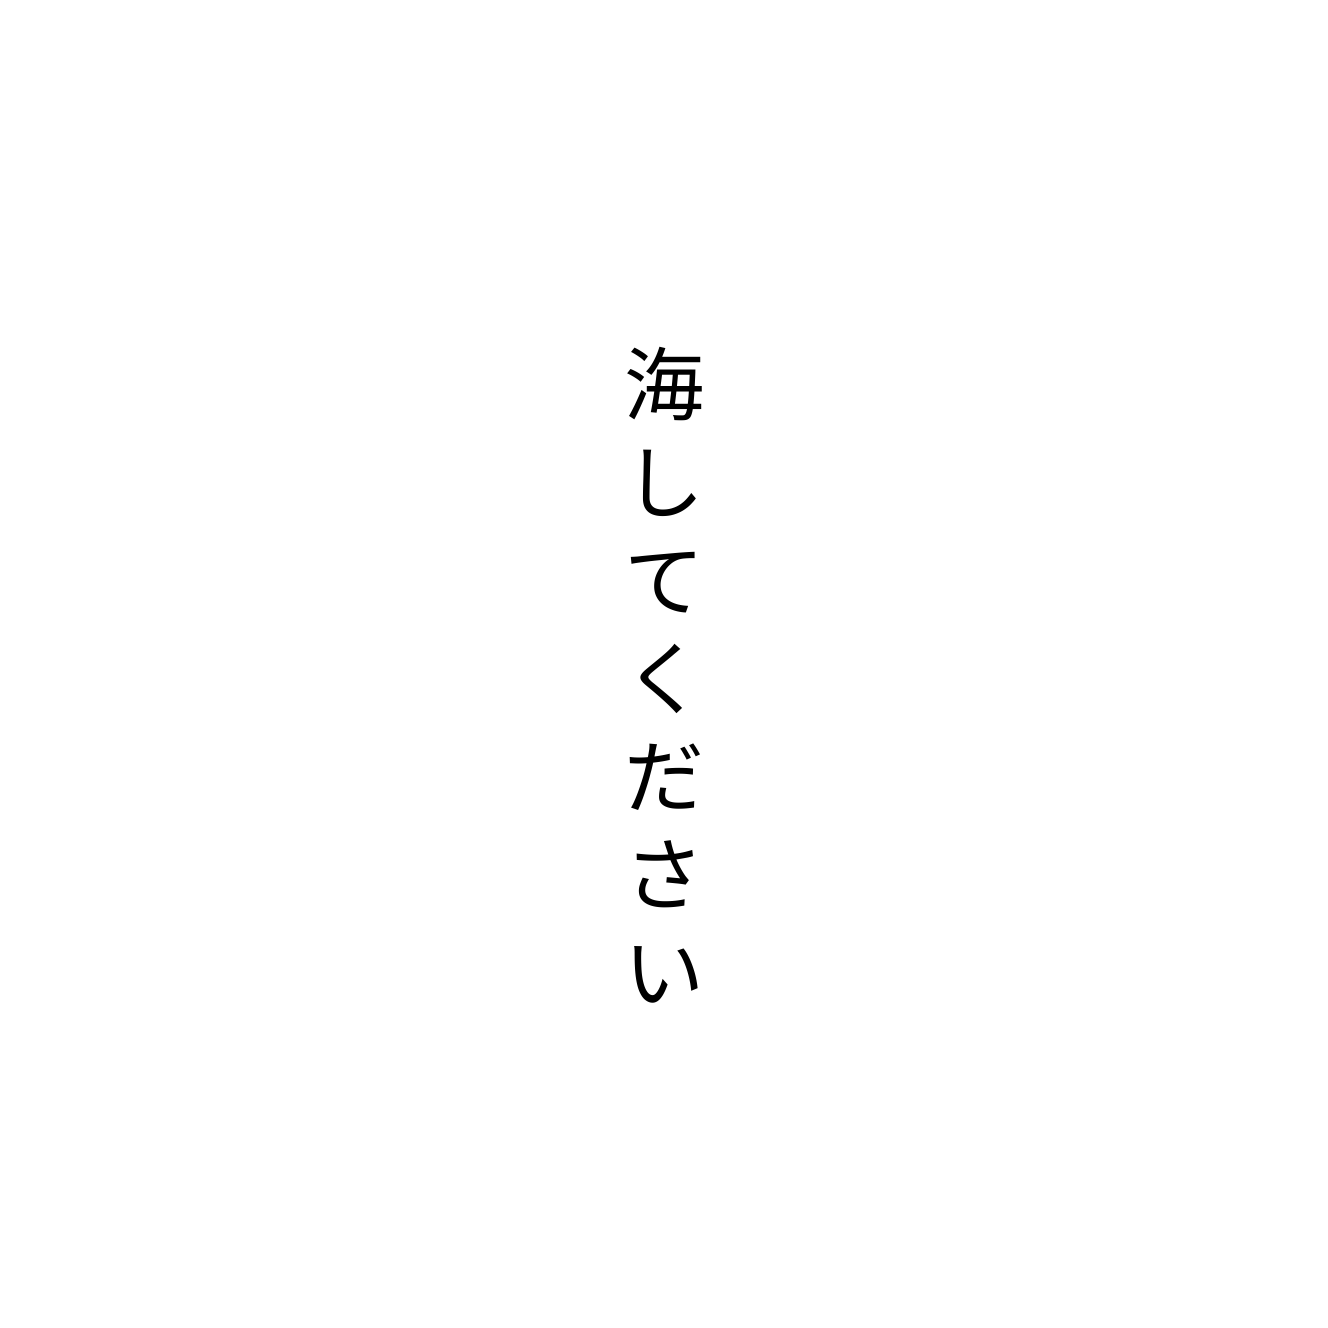
海してください